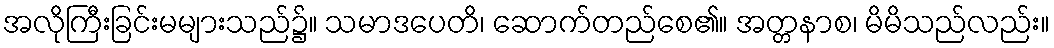
အလိုကြီးခြင်းမများသည်၌။ သမာဒပေတိ၊ ဆောက်တည်စေ၏။ အတ္တနာစ၊ မိမိသည်လည်း။